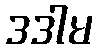
ဒဒါမ